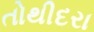
તોથીદરા